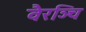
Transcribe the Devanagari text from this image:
वैरञ्चि